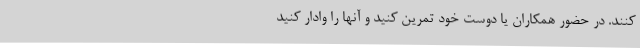
کنند. در حضور همکاران یا دوست خود تمرین کنید و آنها را وادار کنید